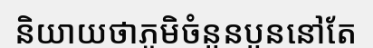
និយាយថាភូមិចំនួនបួននៅតែ